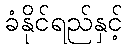
ခံနိုင်ရည်နှင့်